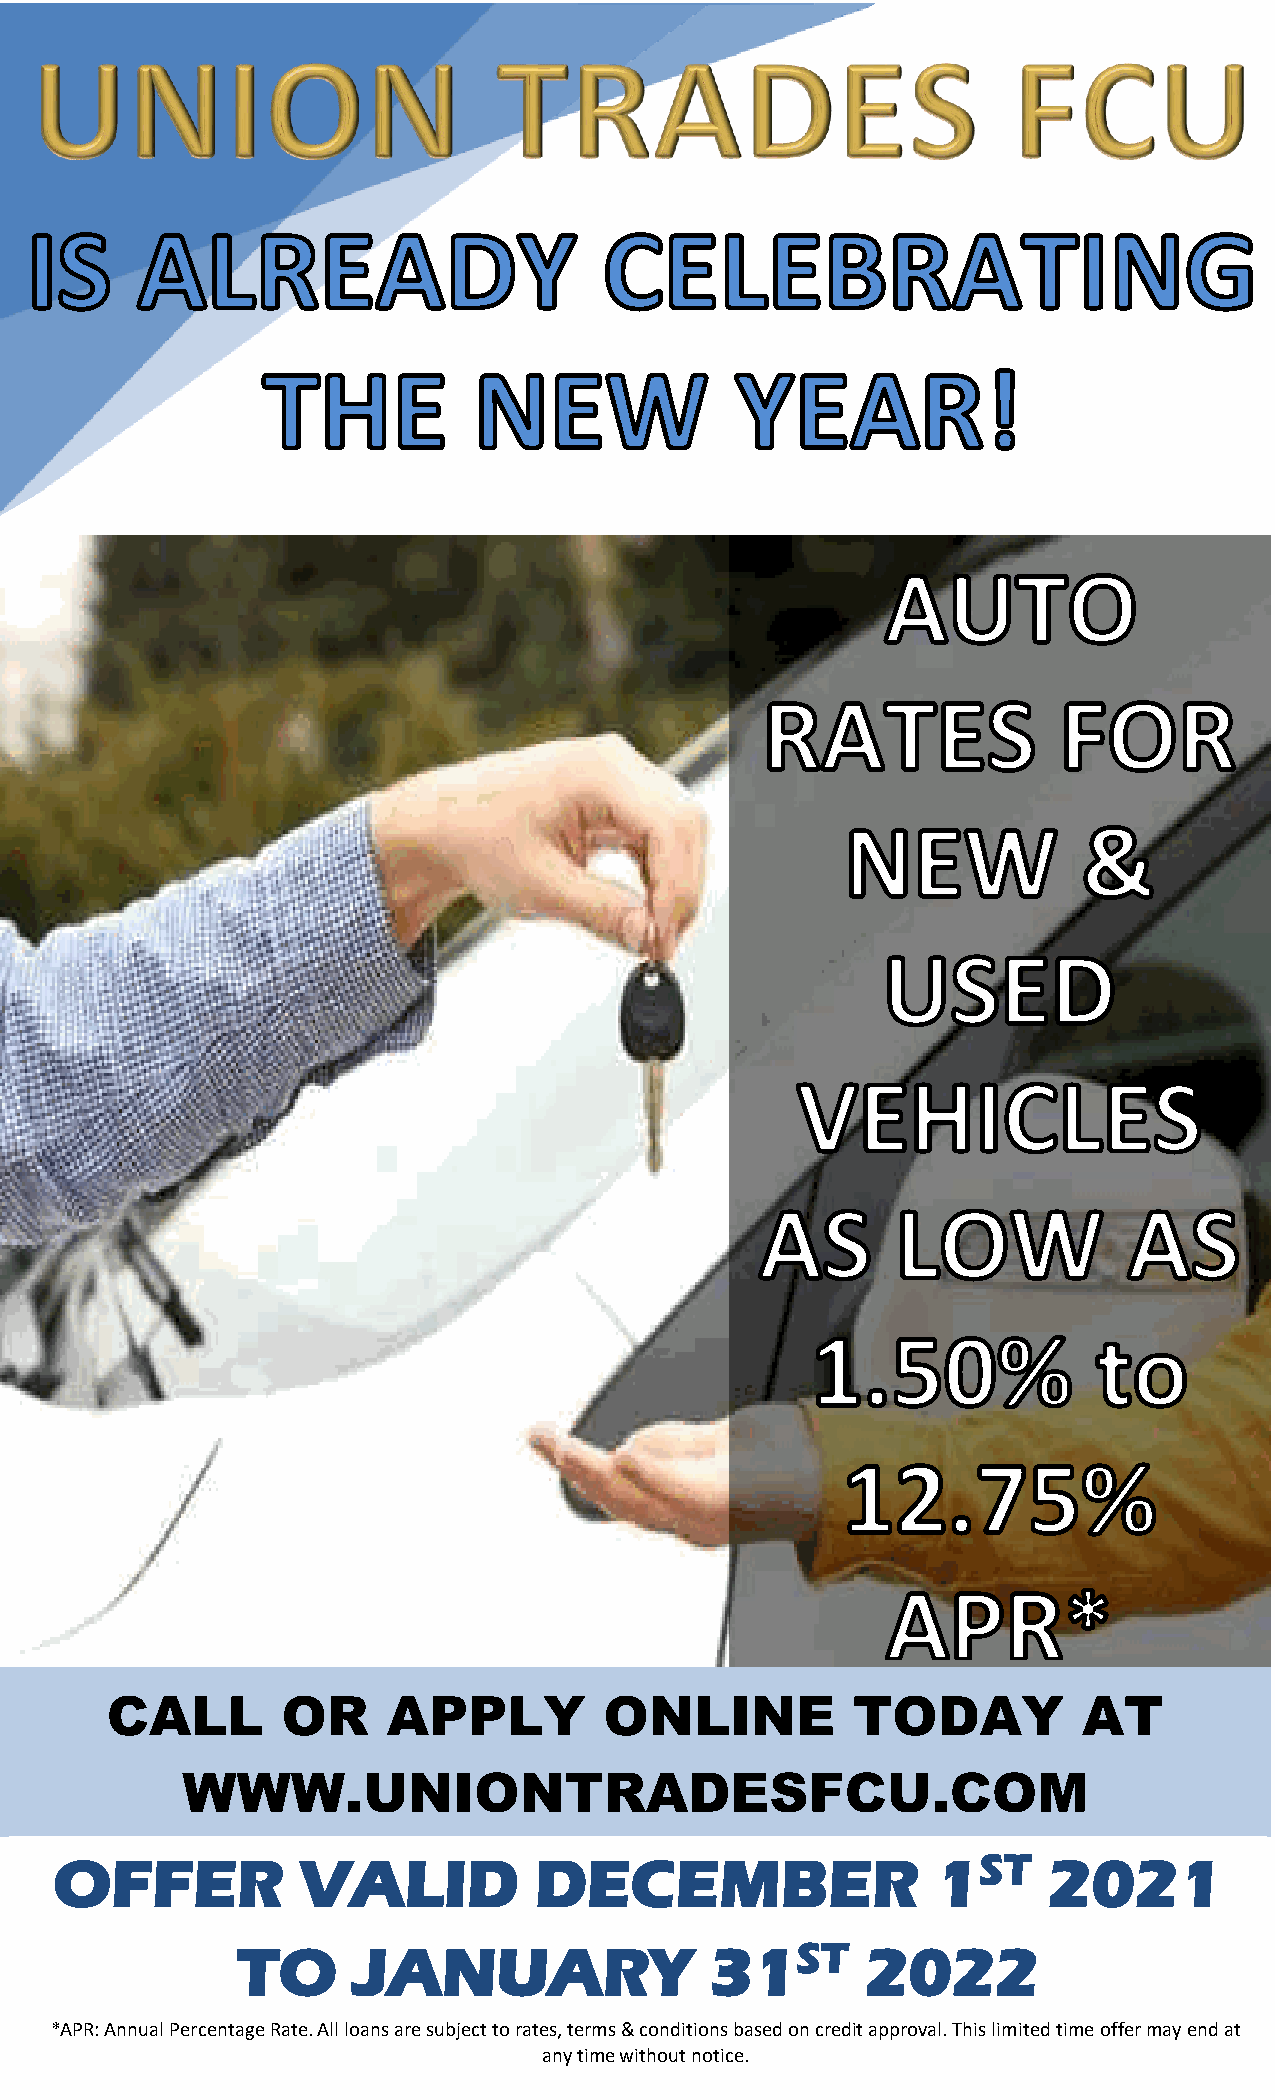
CALL        OR     APPLY         ONLINE          TODAY           AT
 WWW.UNIONTRADESFCU.COM
 OFFER           VALID          DECEMBER                   1ST    2021
 TO     JANUARY                 31ST      2022
 *APR: Annual Percentage Rate. All loans are subject to rates, terms & conditions based on credit approval. This limited time offer may end at
 any time without notice.